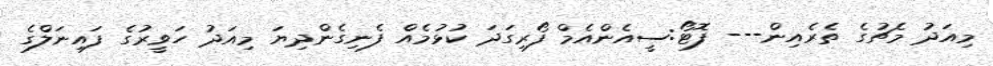
މިއަދު މެޗުގެ ތެެރެއިން--- ފޮޓޯ:ސީއެންއެމް ފޯރިގަދަ ކުޅުމެއް ފެނިގެންދިޔަ މިއަދު ހަވީރުގެ ފައިނަލްގެ